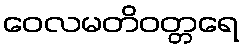
ဝေလမတိဝတ္တရေ